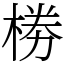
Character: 椦